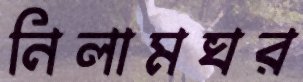
নিলামঘর